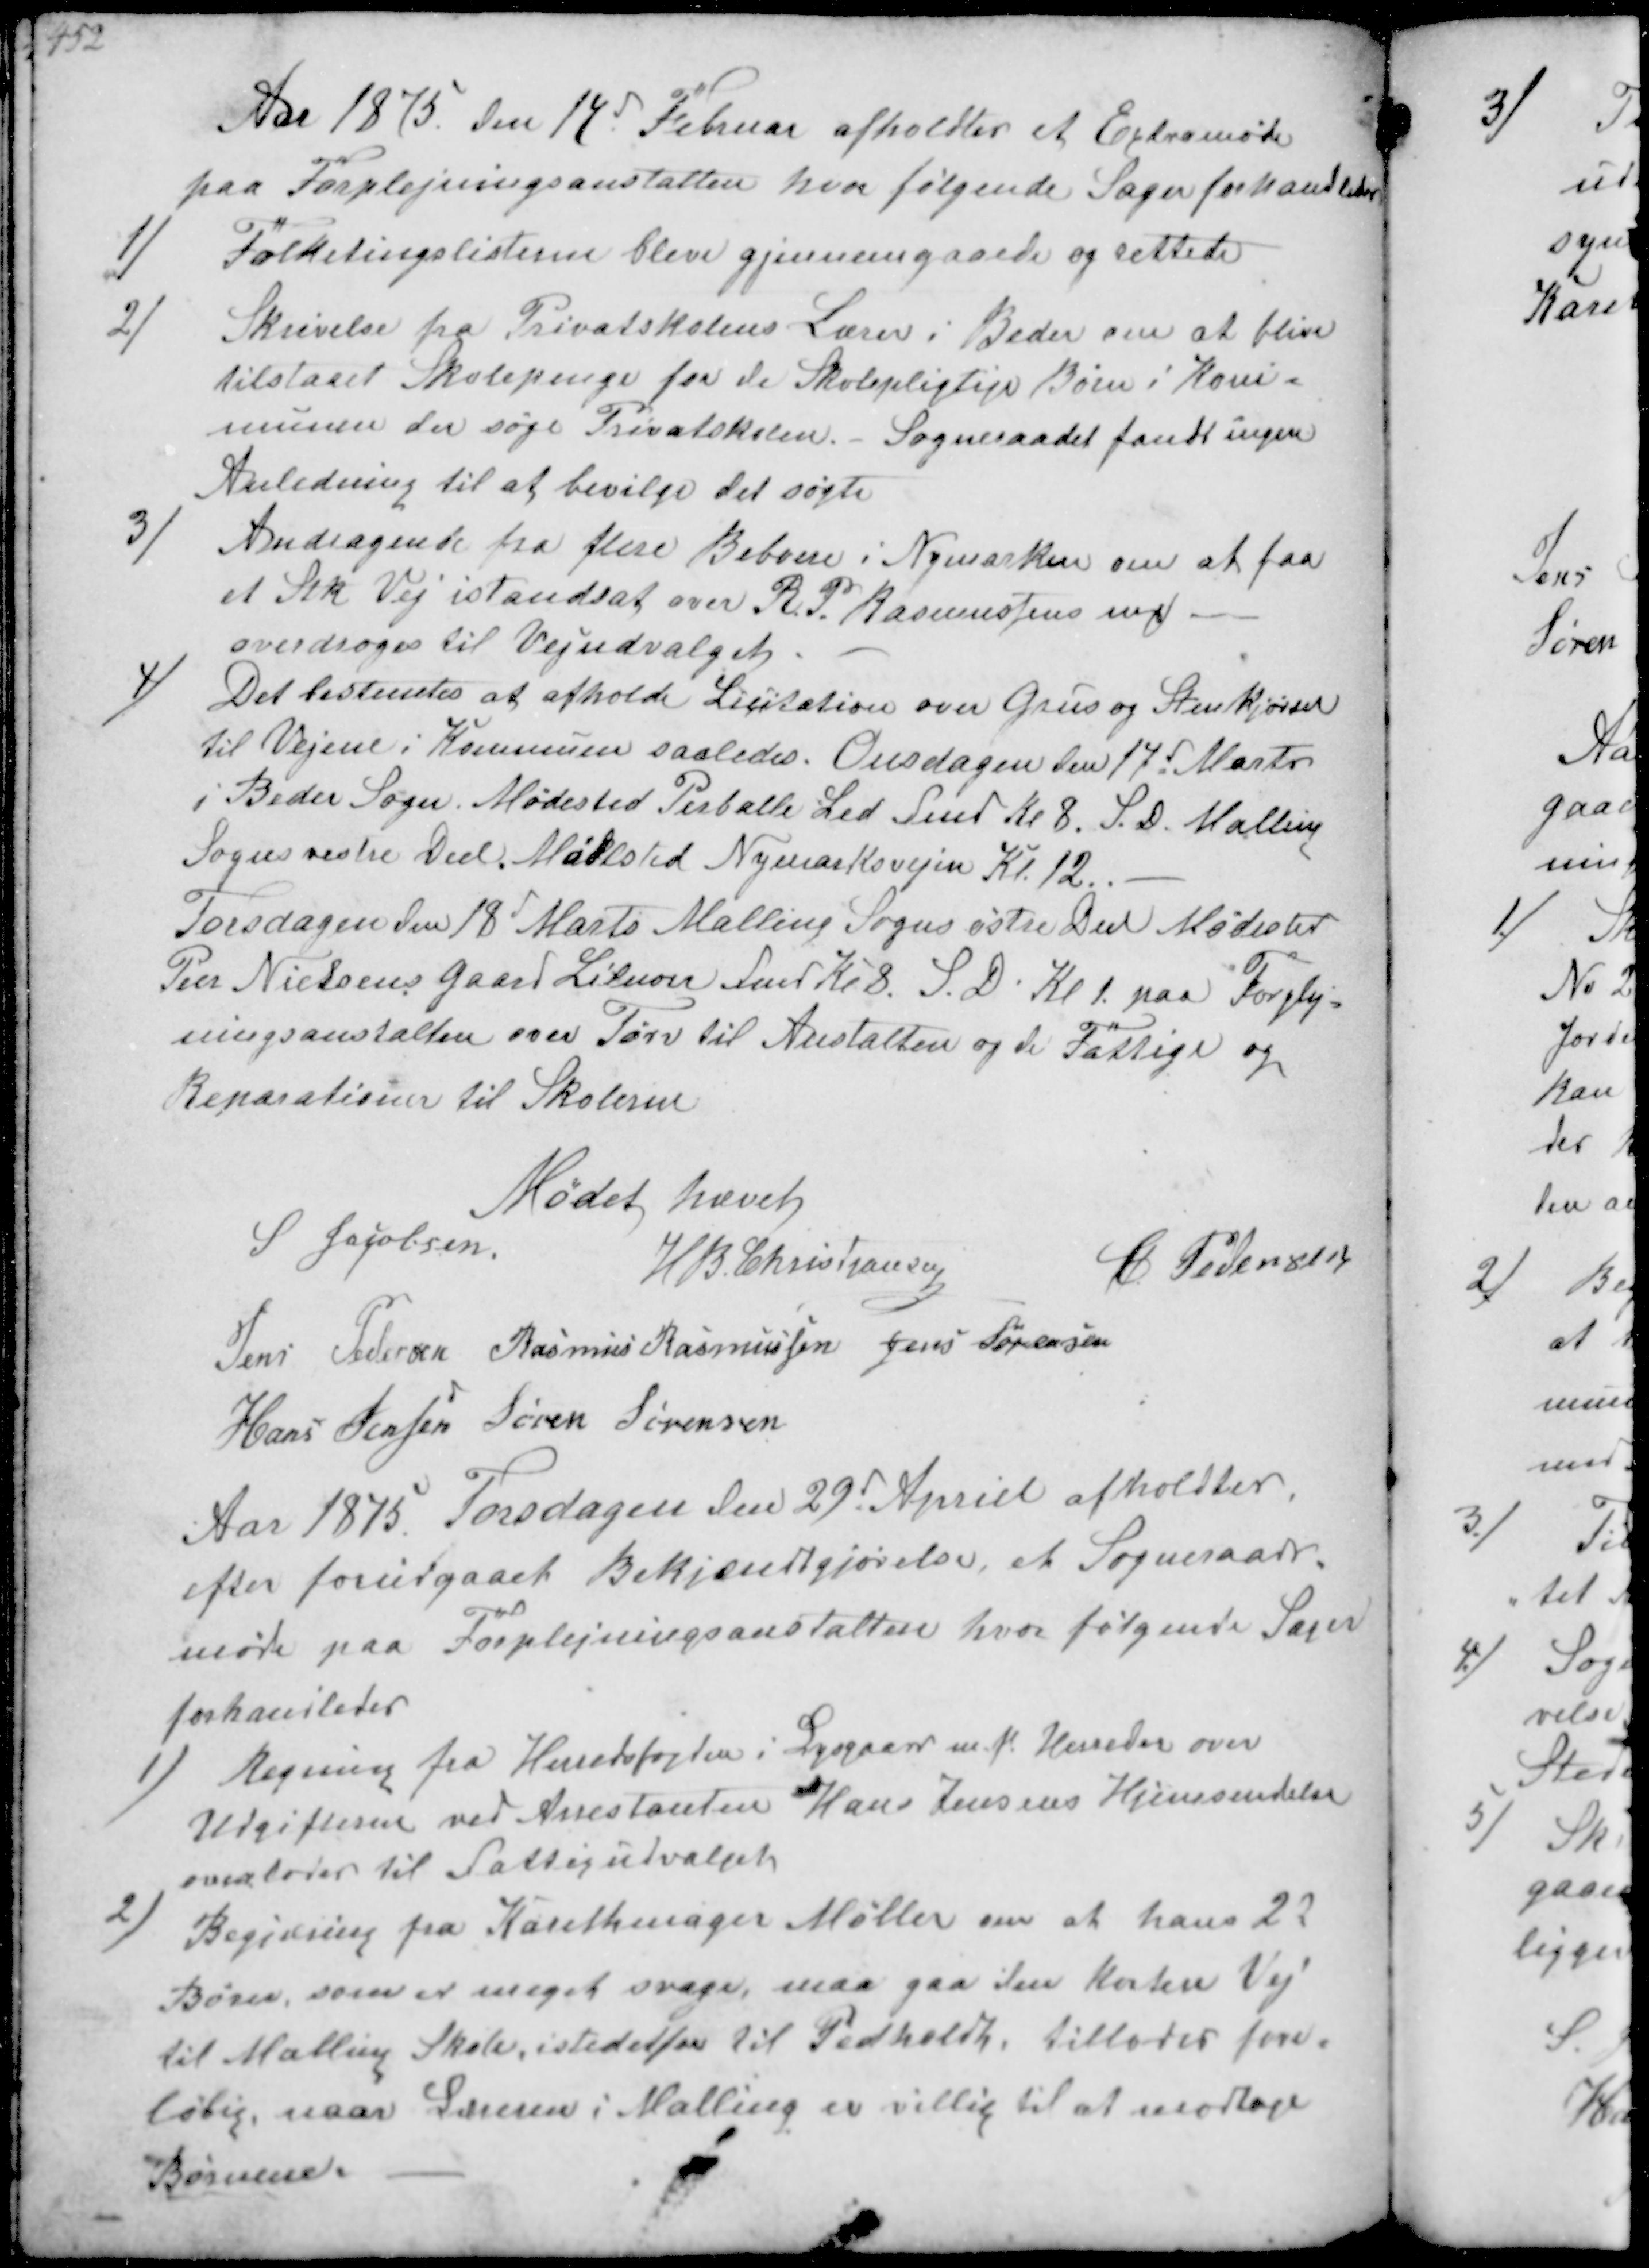
Transskription:
Aar 1875 den 14d Februar afholdtes et Extramøde
paa Forplejningsanstalten hvor følgende Sager forhandledes

1/
Folketingslisterne bleve gjennemgaaede og rettede

2/
Skrivelse fra Privatskolens Lærer i Beder om at blive
tilstaaet Skolepenge for de Skolepligtige Børn i Kom-
munen der søge Privatskolen.- Sogneraadet fandt ingen
Anledning til at bevilge det søgte

3/
Andragende fra flere Beboere i Nymarken om at faa
et Stk Vej istandsat over R. P. Rasmussens ₻
overdroges til Vejudvalget

4/
Det bestemtes at afholde Licitation over Grus og Stenkjørsel
til Vejene i Kommunen saaledes. Onsdagen den 17d Marts
i Beder Sogn Mødested Perballe Led Fmd Kl 8. S. D. Malling
Sogns veste Del M ødested Nymarksvejen Kl. 12.
Torsdagen den 18d Marts Malling Sogns østre Del Mødested
Peer Nielsens Gaard Lilnoer Fmd Kl 8. S. D. Kl 1. paa Forplej--
ningsanstalten over Tørv til Anstalten og de Fattige og
Reparationer til Skolerne

Mødet hævet
S Jacobsen
H B Christjansen
Chr Pedersen
Jens Pedersen Rasmus Rasmussen Jens Sørensen
Hans Jensen Søren Sørensen

Aar 1875 Torsdagen den 29d April afholdtes
efter forudgaaet Bekjændtgjørelse, et Sogneraads-
møde paa Forplejningsanstalten hvor følgende Sager
forhandledes

1/
Regning fra Herredsfogden i Lysgaard m.f. Herreder over
Udgifterne ved Arrestanten Hans Jensens Hjemsendelse
overlodes til Fattigudvalget

2/
Begjæring fra Karethmager Møller om at hans 22
Børn, som er meget svage, maa gaa den Kortere Vej
til Malling Skole, istedetfor til Pedholdt, tillades fore-
løbig, naar Læreren i Malling er villig til at modtage
Børnene.